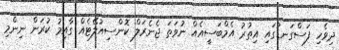
ދިވެހި ފަސްގަނޑުގައި އިތުރު އެމްބަސީއެއް ނުވަތަ ޖެނެރަލް ކޮންސިއުލޭޓެއް ގާއިމު ކުރަން ނިންމި